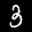
Label: 3